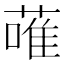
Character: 蓶